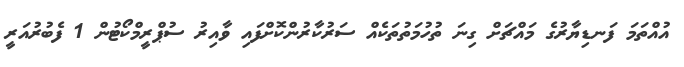
އުއްތަަމަ ފަނޑިޔާރުގެ މައްޗަށް ގިނަ ތުހުމަތުތަކެއް ސަރުކާރުންކޮށްފައި ވާއިރު ސުޕްރީމްކޯޓުން 1 ފެބުރުއަރީ